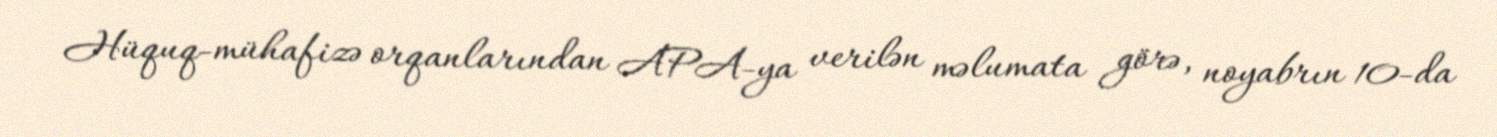
Hüquq-mühafizə orqanlarından APA-ya verilən məlumata görə, noyabrın 10-da